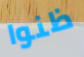
ظنوا